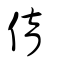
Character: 鬻